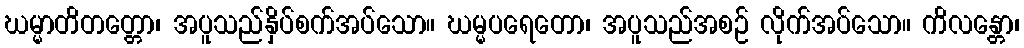
ဃမ္မာတိတတ္တော၊ အပူသည်နှိပ်စက်အပ်သော။ ဃမ္မပရေတော၊ အပူသည်အစဉ် လိုက်အပ်သော။ ကိလန္တော၊